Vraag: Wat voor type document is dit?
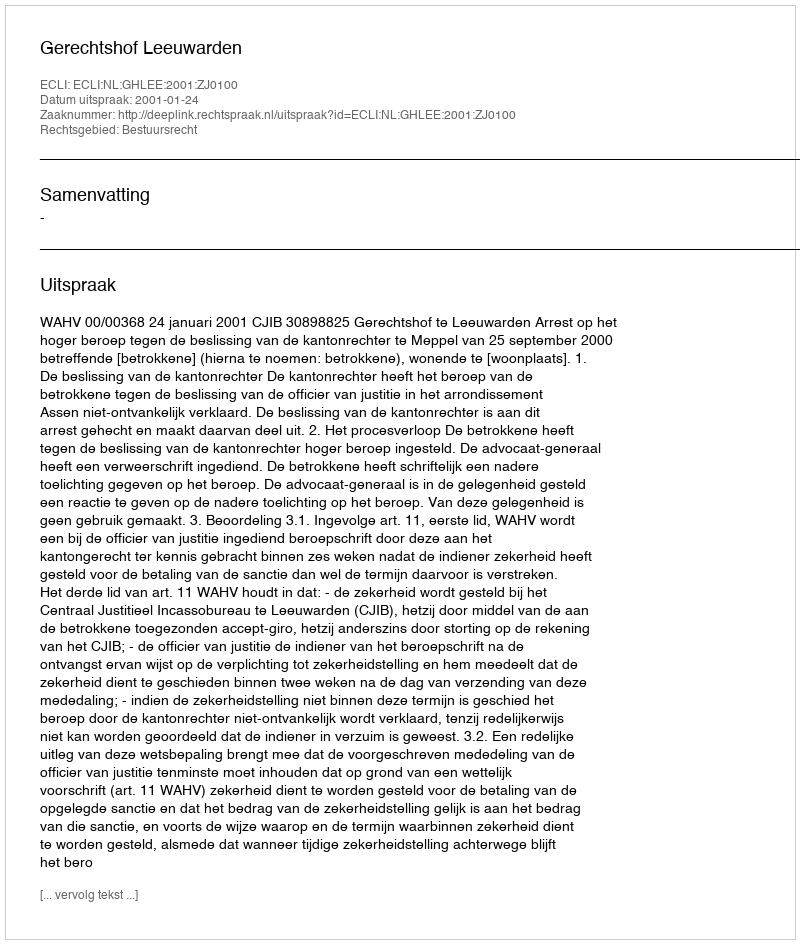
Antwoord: Uitspraak